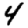
Digit: 4